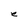
Character: e